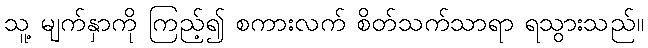
သူ့ မျက်နှာကို ကြည့်၍ စကားလက် စိတ်သက်သာရာ ရသွားသည်။